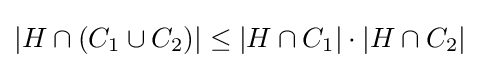
|H\cap (C_{1}\cup C_{2})|\leq |H\cap C_{1}|\cdot |H\cap C_{2}|